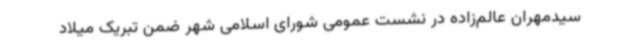
سیدمهران عالم‌زاده در نشست عمومی شورای اسلامی شهر ضمن تبریک میلاد